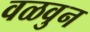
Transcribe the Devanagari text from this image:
वळवुन